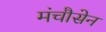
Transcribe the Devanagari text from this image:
मंचौसेन